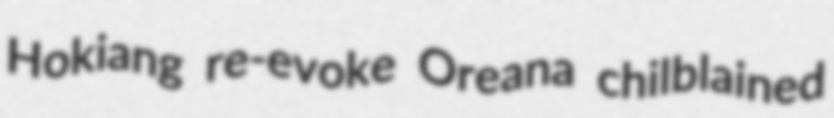
Hokiang re-evoke Oreana chilblained